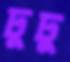
ঢুঢু